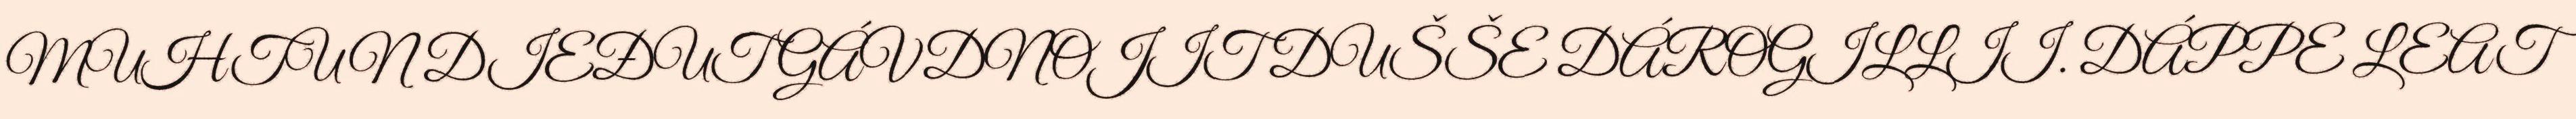
MUHTUN DIEĐUT GÁVDNOJIT DUŠŠE DÁROGILLII. DÁPPE LEAT